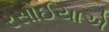
રસોઈયાએ